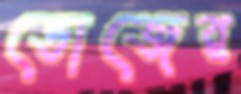
ডোজের